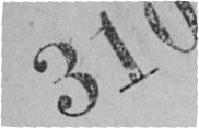
310